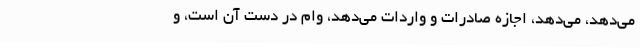
می‌دهد، می‌دهد، اجازه صادرات و واردات می‌دهد، وام در دست آن است، و